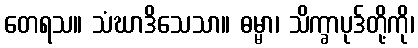
တေရသ။ သံဃာဒိသေသာ။ ဓမ္မာ၊ သိက္ခာပုဒ်တို့ကို၊